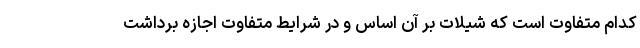
کدام متفاوت است که شیلات بر آن اساس و در شرایط متفاوت اجازه برداشت